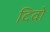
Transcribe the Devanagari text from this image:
दिवो